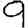
Digit: 9